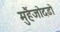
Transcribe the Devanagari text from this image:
मुहैंजोदडो